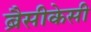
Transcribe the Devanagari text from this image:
ब्रैसीकेसी